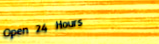
Open 24 Hours